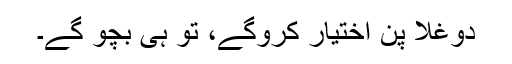
دوغلا پن اختیار کروگے، تو ہی بچو گے۔